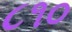
૮૧૦